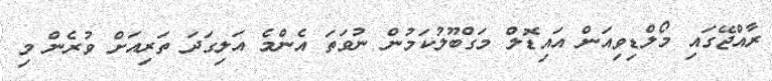
ރާއްޖޭގައި މޯލްޑިވިއަން އައިޑޮލް މަގްބޫލުކަމުން ނުވަތަ އެންމެ އަލިގަދަ ތަރިއަށް ވުރެން މި